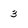
Character: 3